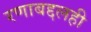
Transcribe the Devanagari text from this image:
रणाबद्दलही